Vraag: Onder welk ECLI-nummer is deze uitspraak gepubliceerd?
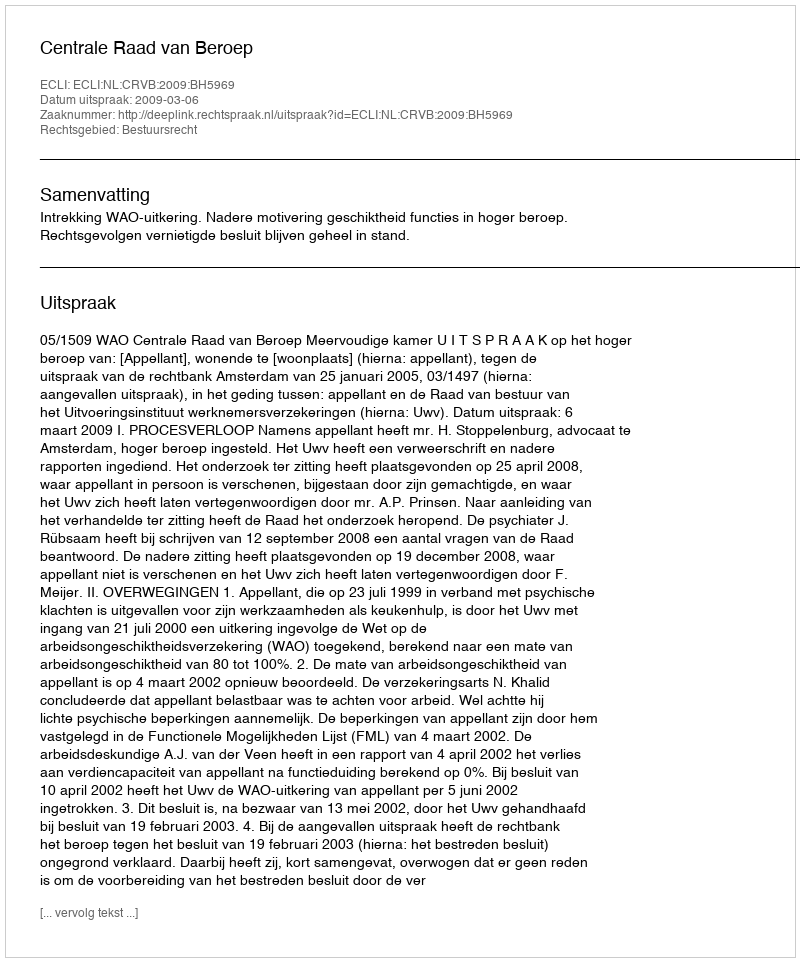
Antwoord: ECLI:NL:CRVB:2009:BH5969